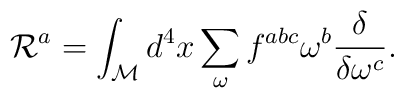
{\cal R}^{a} = \int_{\cal M} d^{4}x               \sum_{\omega} f^{abc} \omega^{b}               \frac{\delta}{\delta \omega^{c}}.